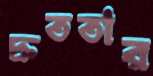
দ্রুততার